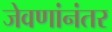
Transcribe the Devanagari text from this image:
जेवणांनंतर